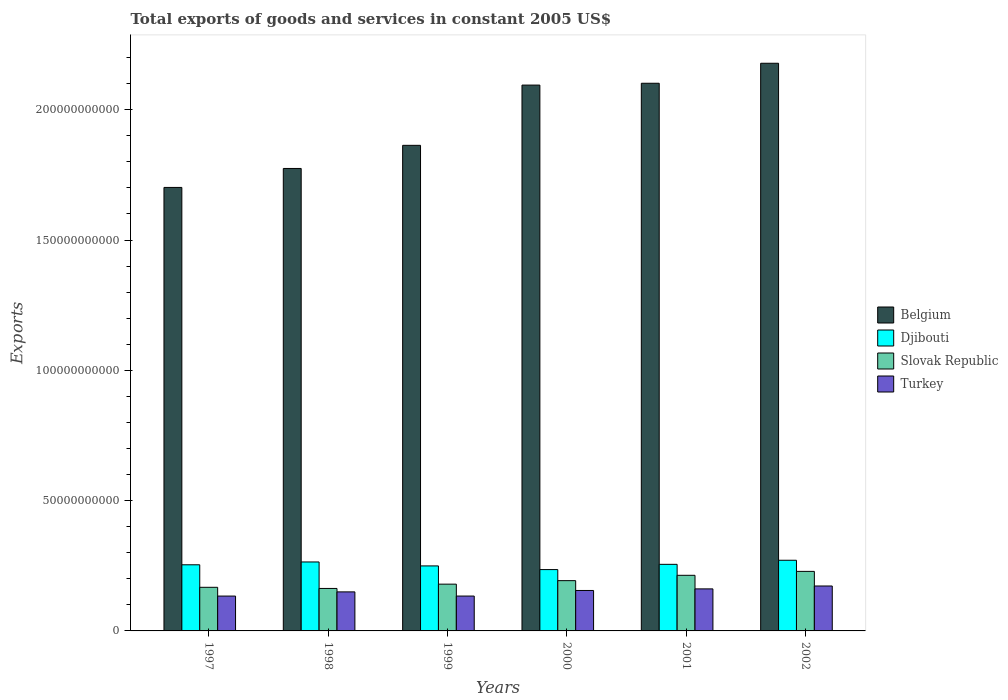
| Years | Belgium | Djibouti | Slovak Republic | Turkey |
 | --- | --- | --- | --- | --- |
 | 1997 | 1.7e+11 | 2.54e+10 | 1.67e+10 | 1.34e+10 |
 | 1998 | 1.77e+11 | 2.65e+10 | 1.63e+10 | 1.5e+10 |
 | 1999 | 1.86e+11 | 2.49e+10 | 1.79e+10 | 1.34e+10 |
 | 2000 | 2.09e+11 | 2.35e+10 | 1.93e+10 | 1.55e+10 |
 | 2001 | 2.1e+11 | 2.55e+10 | 2.13e+10 | 1.61e+10 |
 | 2002 | 2.18e+11 | 2.71e+10 | 2.28e+10 | 1.72e+10 |